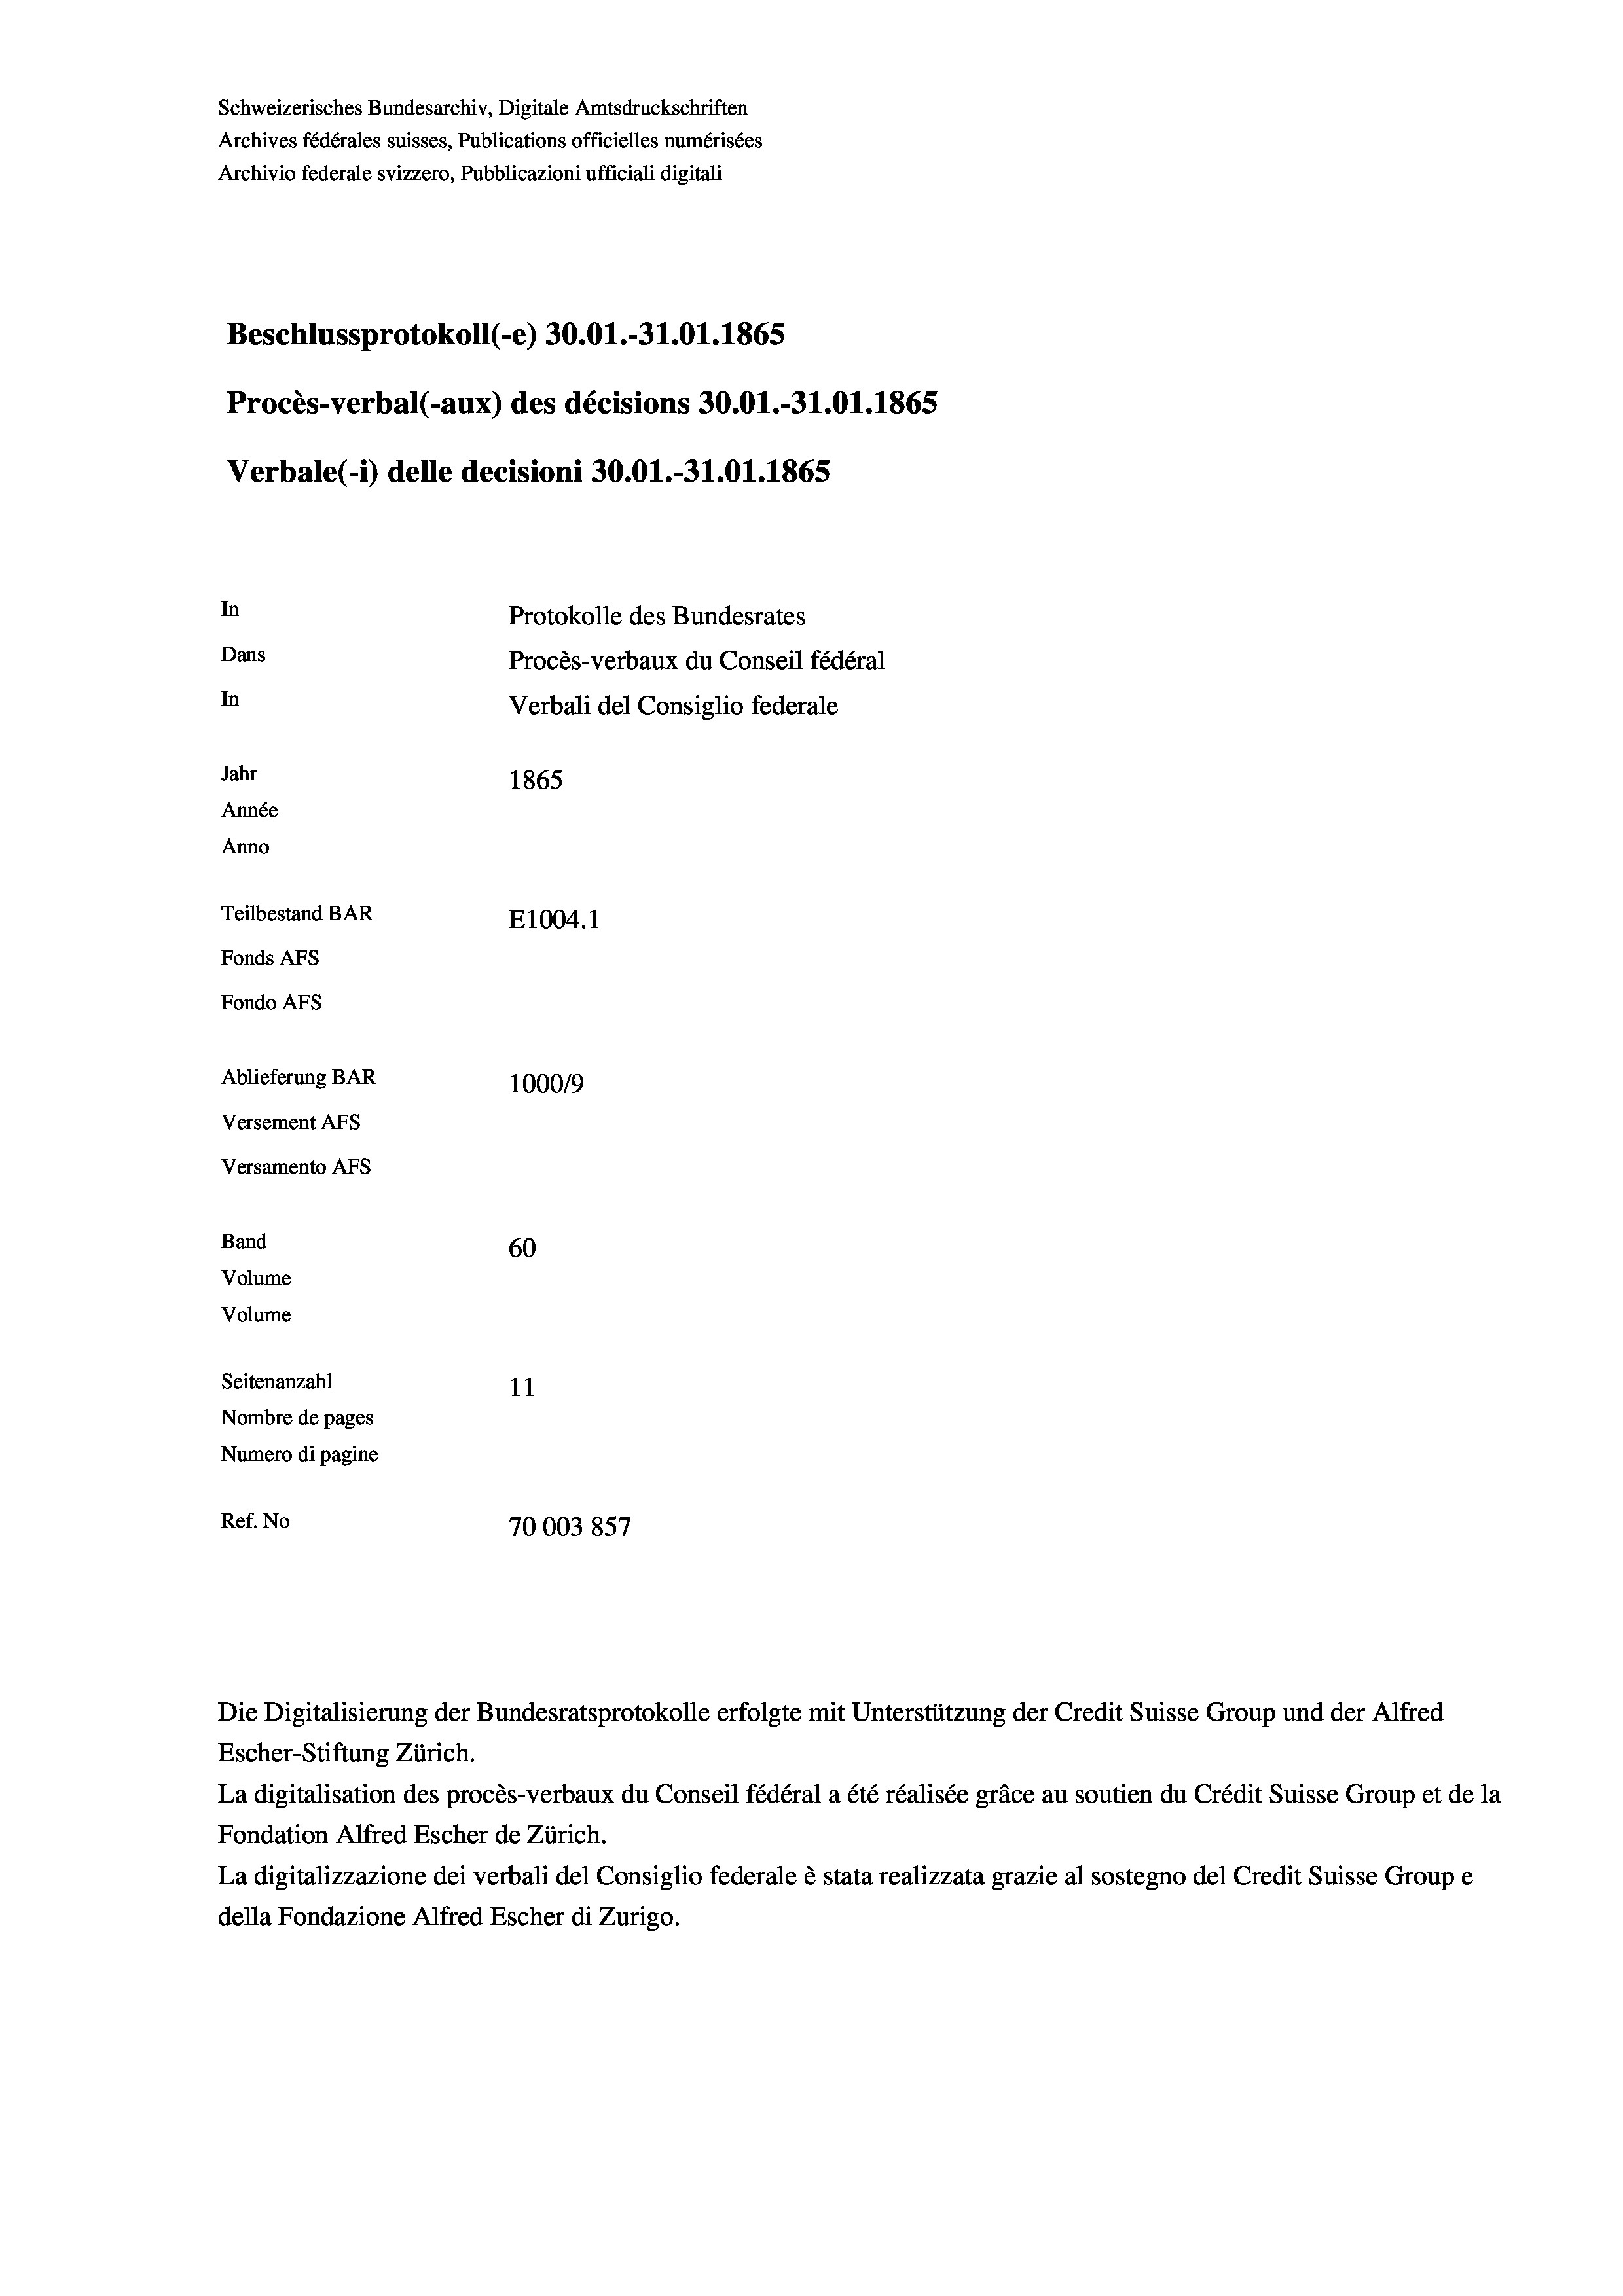
Schweizerisches Bundesarchiv, Digitale Amtsdruckschriften
Archives fédérales suisses, Publications officielles numérisées
Archivio federale svizzero, Pubblicazioni ufficiali digitali
Beschlussprotokoll (-e) 30.01.-31.01. 1865
Procès-verbal (-aux) des décisions 30.01.-31.01. 1865
Verbale (- 1) delle decisioni 30.01.-31.01. 1865
In
Protokolle des Bundesrates
Dans
Procès-verbaux du Conseil fédéral
In
Verbali del Consiglio federale
Jahr
1865
Année
Anno
Teilbestand BAR
E1004.1
Fonds AFs
Fondo Afs
Ablieferung BAR
100019
Versement AFs
Versamento AFs
Band
60
Volume
Volume
Seitenanzahl
11
Nombre de pages
Numero di pagine

Ref. No
70003 857

Escher-Stiftung Zürich.
La digitalisation des procès-verbaux du Conseil fédéral a été réalisée gräce au soutien du Crédit Suisse Group et de la
Fondation Alfred Escher de Zürich.
La digitalizzazione dei verbali del Consiglio federale è stata realizzata grazie al sostegno del Credit Suisse Groupe
della Fondazione Alfred Escher di Zurigo.

Die Digitalisierung der Bundesratsprotokolle erfolgte mit Unterstützung der Credit Suisse Group und der Alfred